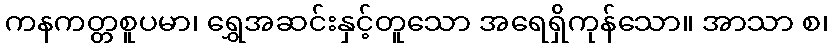
ကနကတ္တစူပမာ၊ ရွှေအဆင်းနှင့်တူသော အရေရှိကုန်သော။ အာသာ စ၊